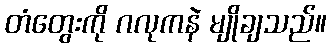
တံတွေးကို ဂလုကနဲ မျိုချသည်။